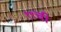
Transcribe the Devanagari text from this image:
१९ची